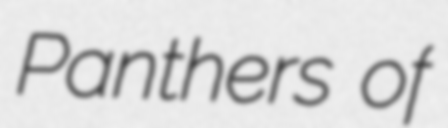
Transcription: Panthers of